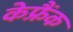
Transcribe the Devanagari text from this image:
केफ्रैंक